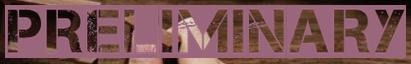
PRELIMINARY